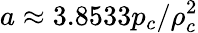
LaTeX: a\approx 3.8533p_{c}/\rho_{c}^{2}